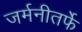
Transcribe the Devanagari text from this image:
जर्मनीतर्फे